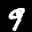
Label: 9